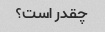
چقدر است؟